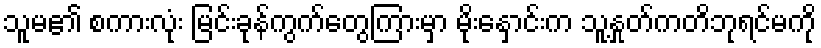
သူမ၏ စကားလုံး မြင်းခုန်ကွက်တွေကြားမှာ မိုးနှောင်းက သူ့နှုတ်ကတိဘုရင်မကို